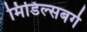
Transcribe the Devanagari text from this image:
मिडिल्सबर्ग